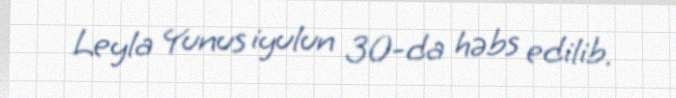
Leyla Yunus iyulun 30-da həbs edilib.